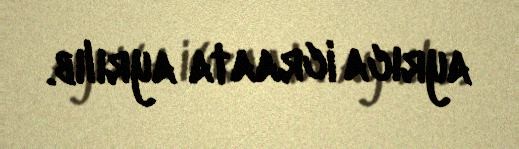
ayrıca icraata ayrılıb.